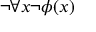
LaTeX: \neg \forall x \neg \phi ( x )